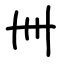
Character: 卌